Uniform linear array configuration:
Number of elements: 16
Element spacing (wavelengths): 1
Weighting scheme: cosine
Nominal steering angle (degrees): -60
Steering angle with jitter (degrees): -60.236
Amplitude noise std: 0.05
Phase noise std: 0.05

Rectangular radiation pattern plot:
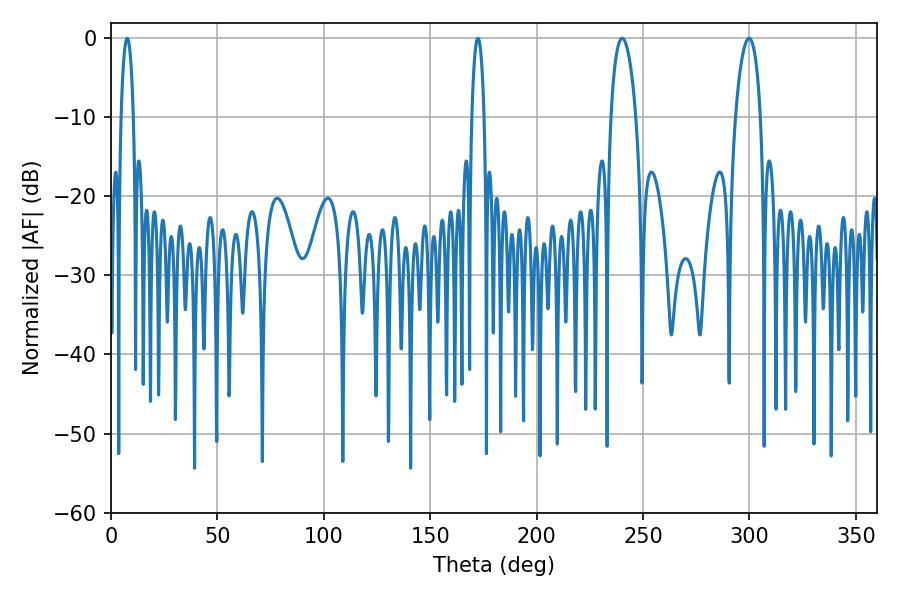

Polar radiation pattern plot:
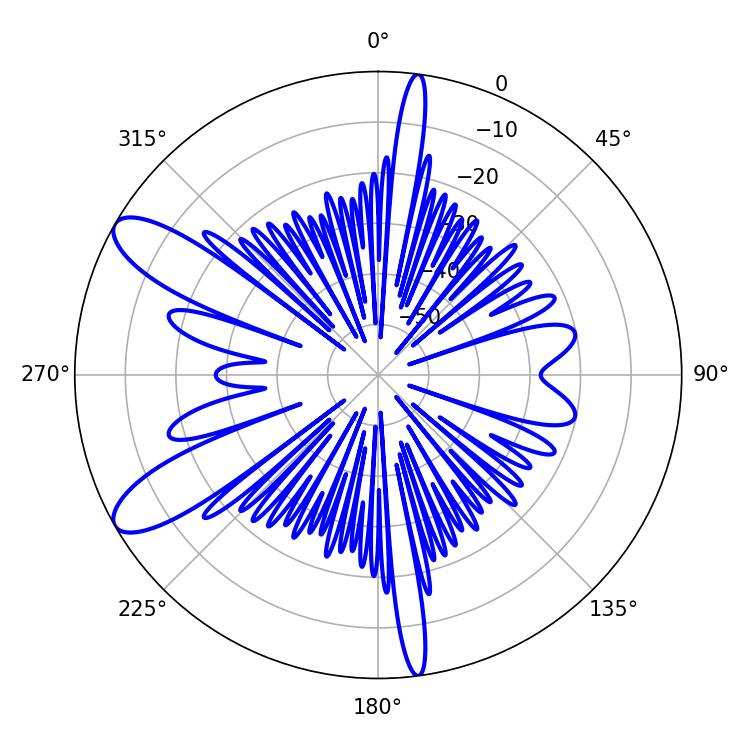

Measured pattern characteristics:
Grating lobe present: TRUE
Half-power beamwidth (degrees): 3.24
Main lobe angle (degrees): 7.56